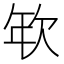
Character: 𢆘